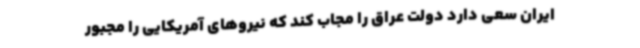
ایران سعی دارد دولت عراق را مجاب کند که نیروهای آمریکایی را مجبور